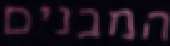
המבנים